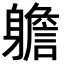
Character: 𨊍